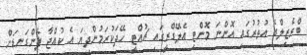
ބްރެޒިލްގެ އުތުރުގައި އޮންނަ މޮންޓި އެލޭގްރީގައި ޗުއްޓީ ހޭދަކުރަމުންދިޔަ އެ ކުއްޖާ ފެންގަނޑަށް